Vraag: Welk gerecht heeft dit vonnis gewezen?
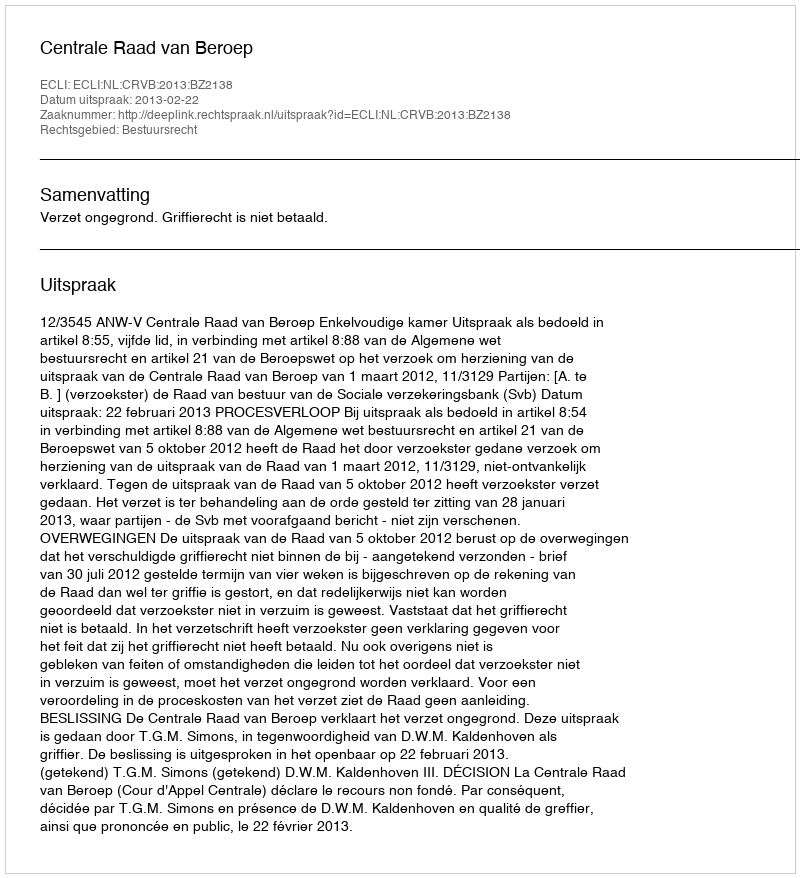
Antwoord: Centrale Raad van Beroep